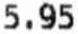
5.95